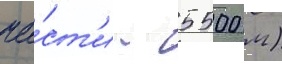
ча́ст'и - 5500 м)